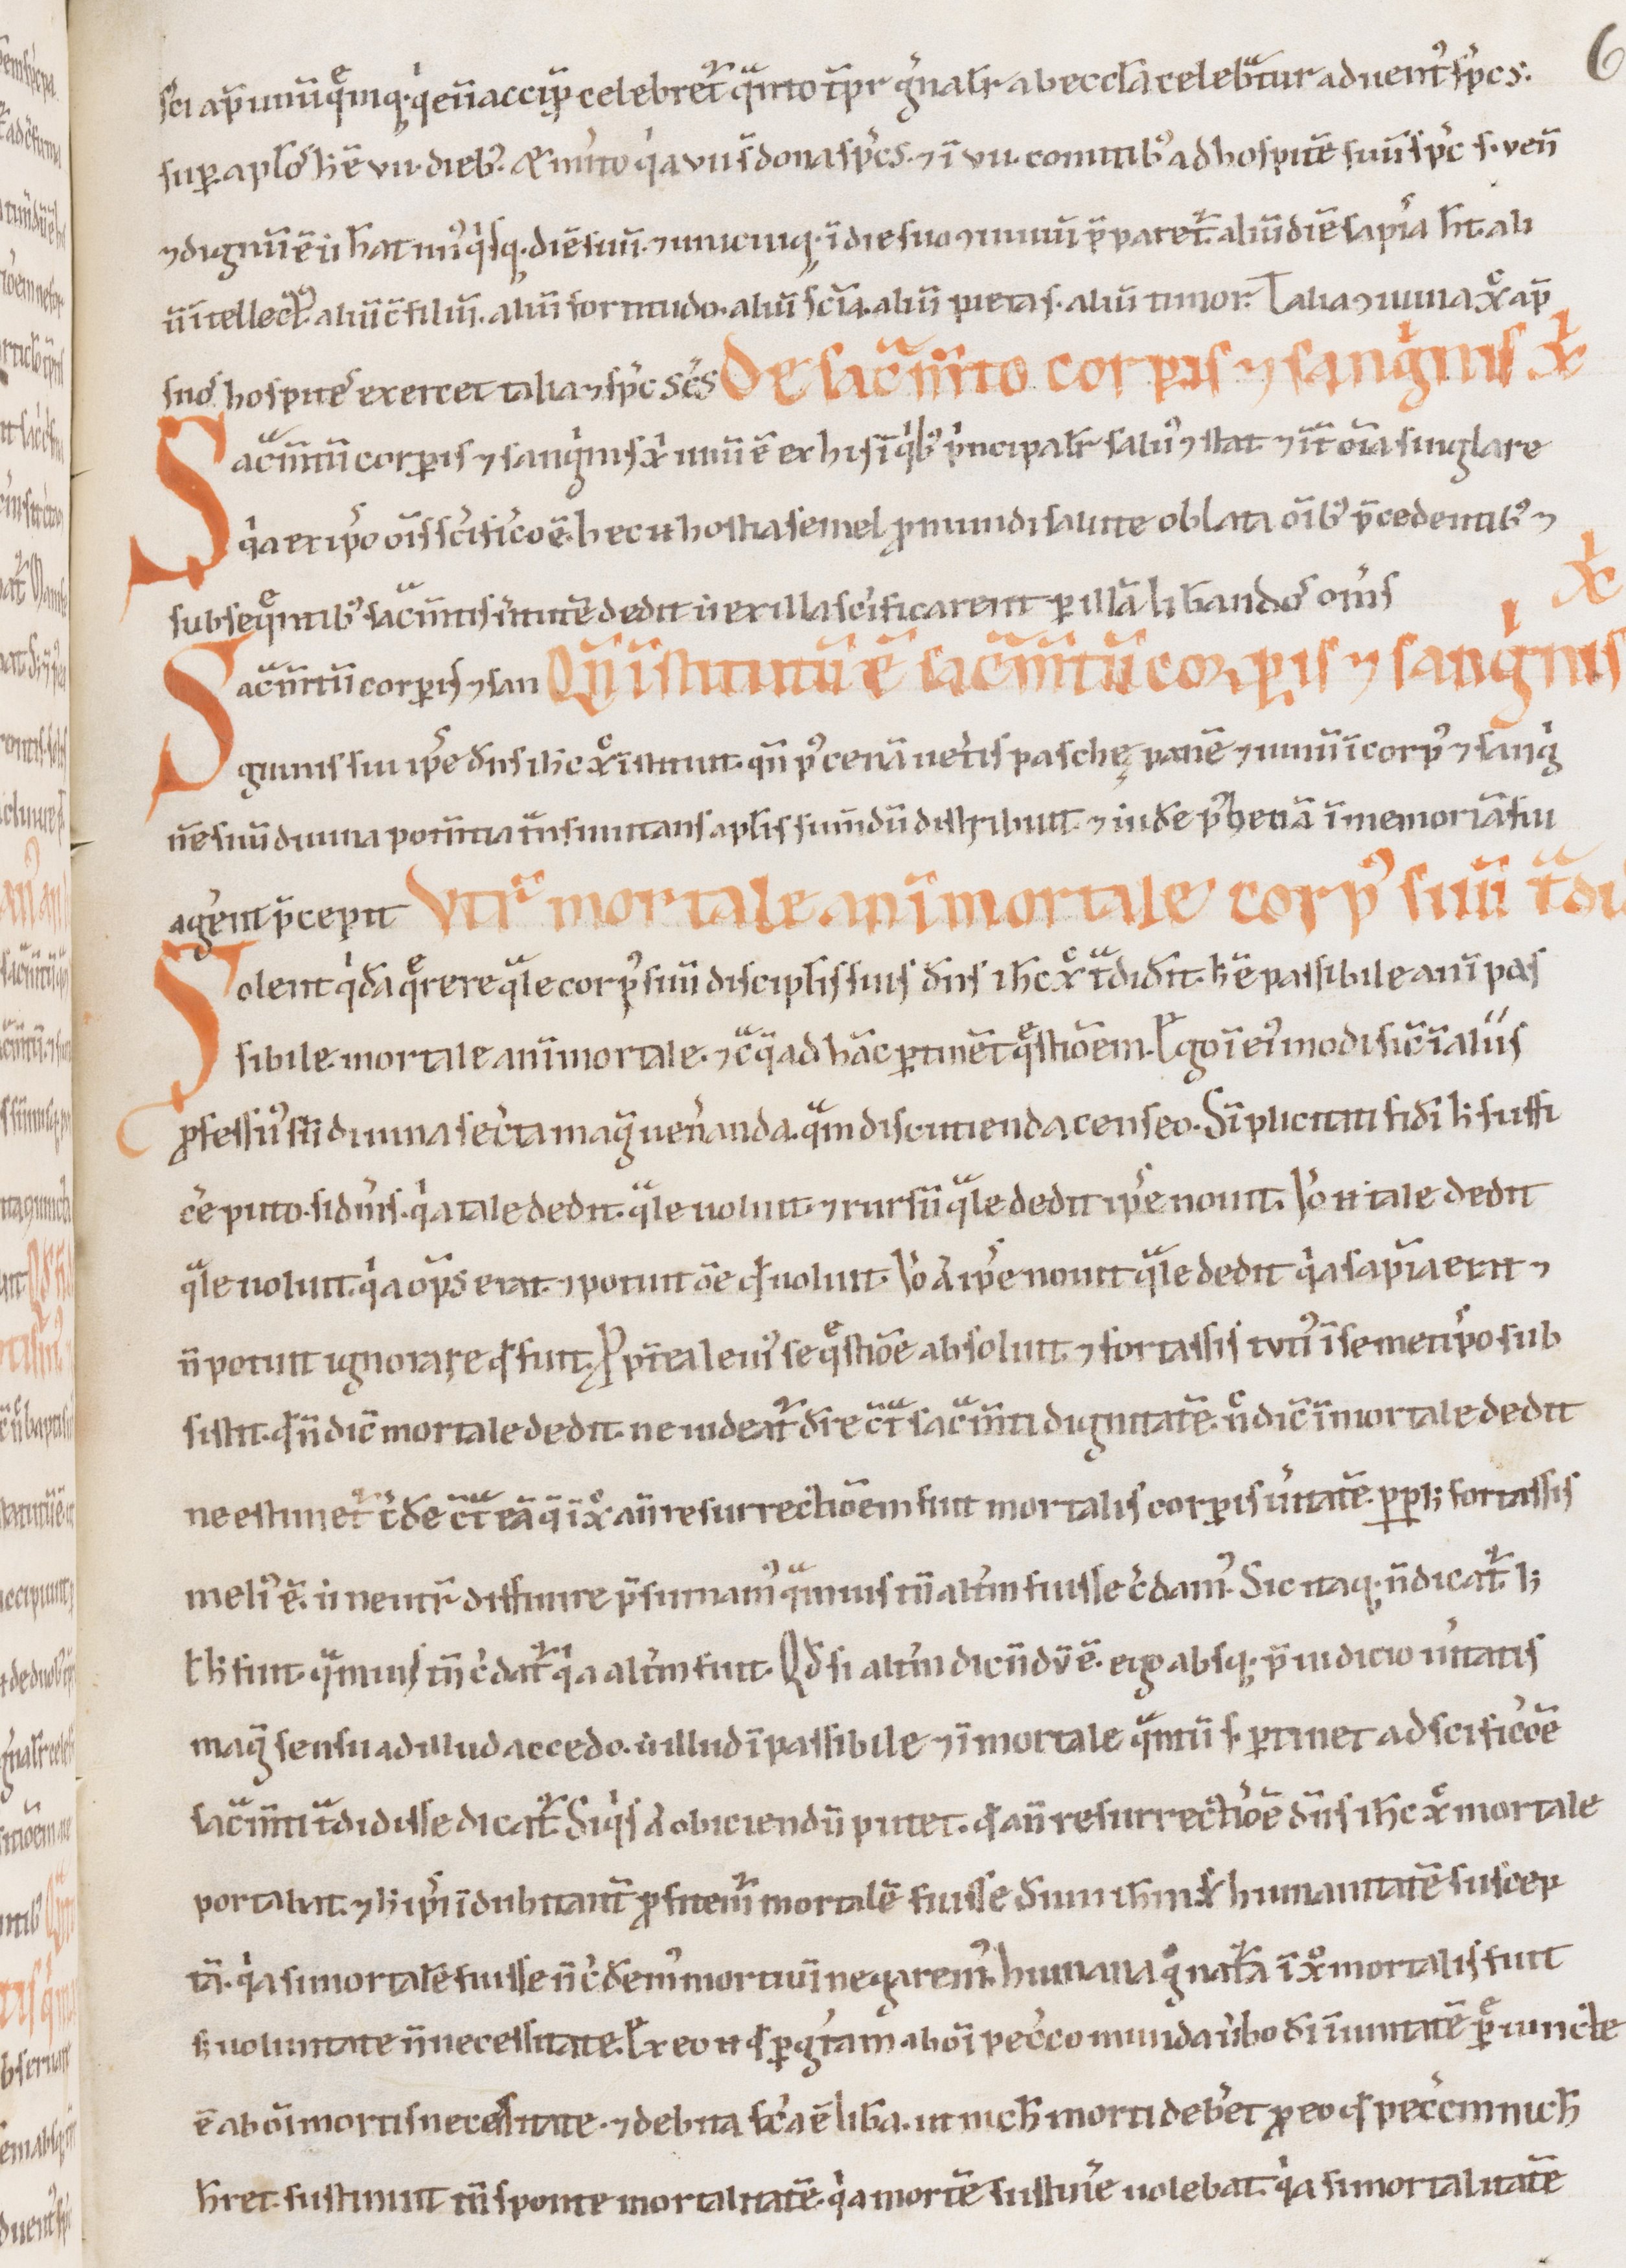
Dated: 1100–1199